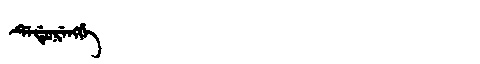
Manchu: ᡩᡝᡩᡠᡵᡝᠩᡤᡝ
Romanization: DEDURENGGE